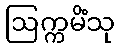
ဩက္ကမိံသု